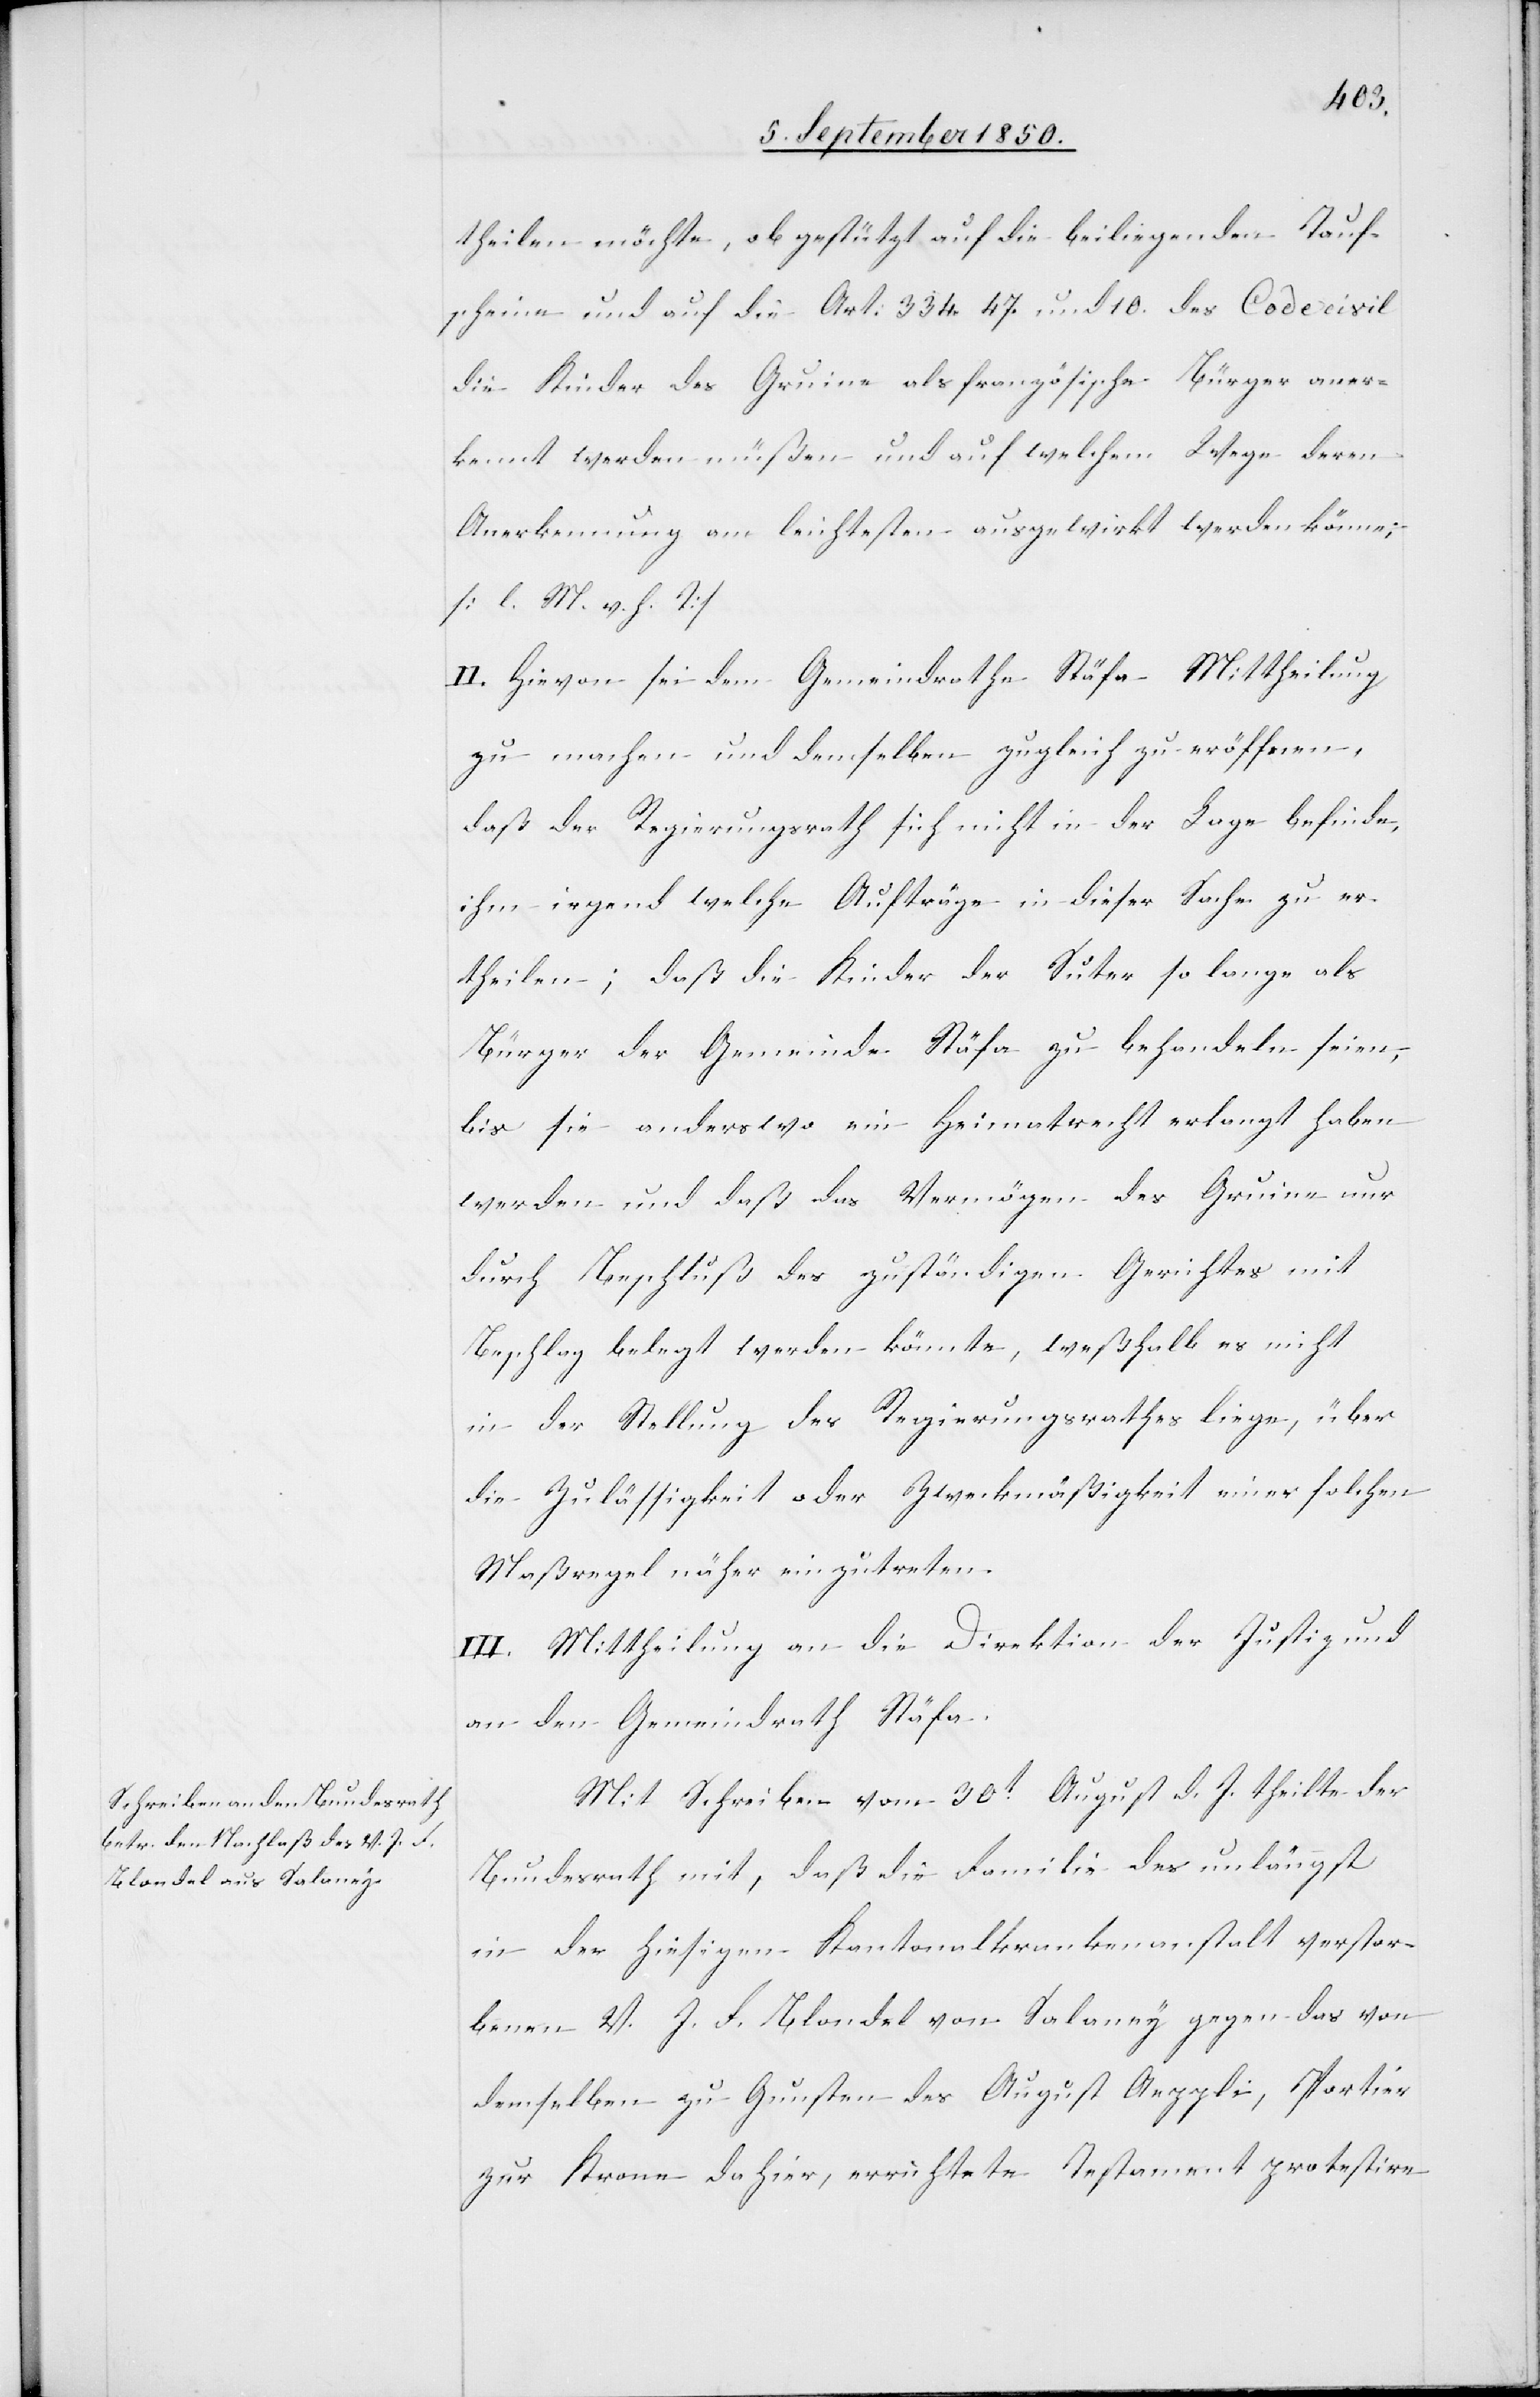
theilen möchte, ob gestützt auf die beiliegenden Tauf¬
scheine und auf die Art. 334.[,] 47. und 10. des Code civil
die Kinder des Gruine als französische Bürger aner¬
kennt werden müßen und auf welchem Wege deren
Anerkennung am leichtesten ausgewirkt werden könne;
[l. M. v. h. T]
II. Hievon sei dem Gemeindrathe Stäfa Mittheilung
zu machen und demselben zugleich zu eröffnen,
daß der Regierungsrath sich nicht in der Lage befinde,
ihm irgend welche Aufträge in dieser Sache zu er¬
theilen; daß die Kinder der Suter so lange als
Bürger der Gemeinde Stäfa zu behandeln seien,
bis sie anderswo ein Heimatrecht erlangt haben
werden und daß das Vermögen des Gruine nur
durch Beschluß des zuständigen Gerichtes mit
Beschlag belegt werden könnte, weßhalb es nicht
in der Stellung des Regierungsrathes liege, über
die Zulässigkeit oder Zweckmäßigkeit einer solchen
Maßregel näher einzutreten.
III. Mittheilung an die Direktion der Justiz und
an den Gemeindrath Stäfa.
Mit Schreiben vom 30t August d. J. theilte der
Bundesrath mit, daß die Familie des unlängst
in der hiesigen Kantonalkrankenanstalt verstor¬
benen V. J. F. Blondel von Salaney gegen das von
demselben zu Gunsten des August Aeppli, Portier
zur Krone dahier, errichtete Testament protestire